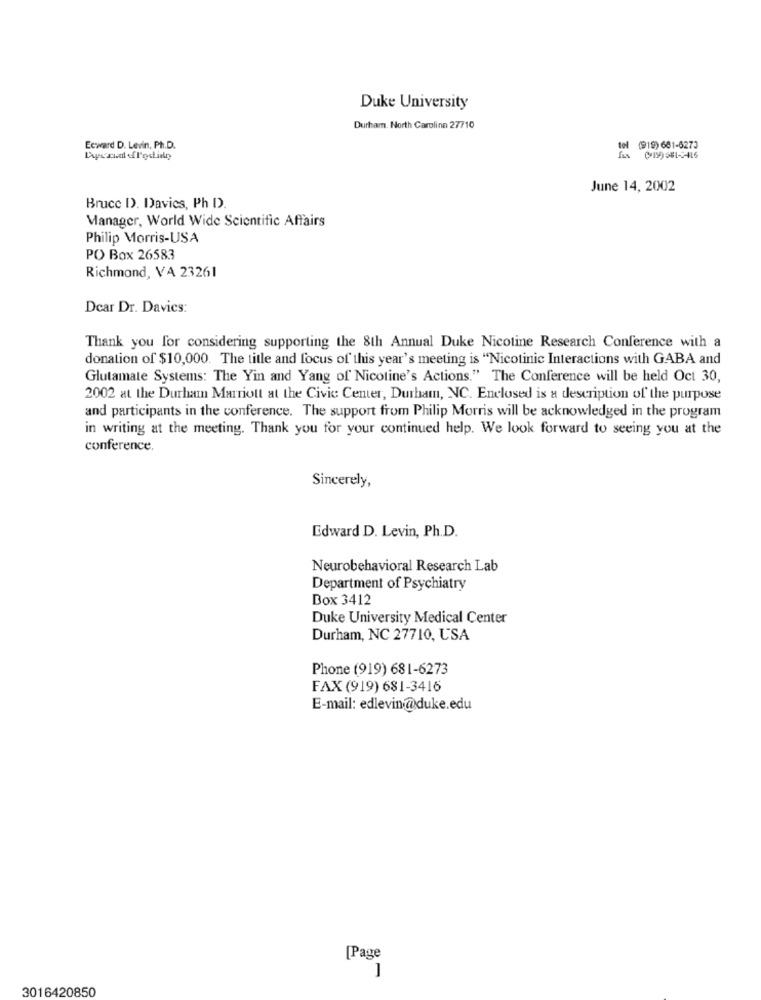
Duke University
Durham. North Carolina 27710
Ecward D. Levin, Ph.D.
(919) 681-6273
June 14, 2002
Bruce D. Davies, Ph D).
Manager, World Wide Scientific Affairs
Philip Morris-USA
PO Box 26583
Richmond, VA 23261
Dear Dr. Davics:
Thank you for considering supporting the 8th Annual Duke Nicotine Research Conference with a
donation of $10,000. The title and focus of this year's meeting is "Nicotinic Interactions with GABA and
Glutamate Systems: The Yin and Yang of Nicotine's Actions." The Conference will be held Oct 30,
2002 at the Durham Marriott at the Civic Center, Durham, NC. Enclosed is a description of the purpose
and participants in the conference. The support from Philip Morris will be acknowledged in the program
in writing at the meeting. Thank you for your continued help. We look forward to seeing you at the
conference.
Sincerely,
Edward D. Levin, Ph.D.
Neurobehavioral Research Lab
Department of Psychiatry
Box 3412
Duke University Medical Center
Durham, NC 27710, USA
Phone (919) 681-6273
FAX (919) 681-3416
E-mail: edlevin@duke.edu
[Page
3016420850